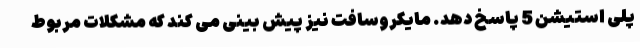
پلی استیشن 5 پاسخ دهد. مایکروسافت نیز پیش بینی می کند که مشکلات مربوط